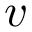
v